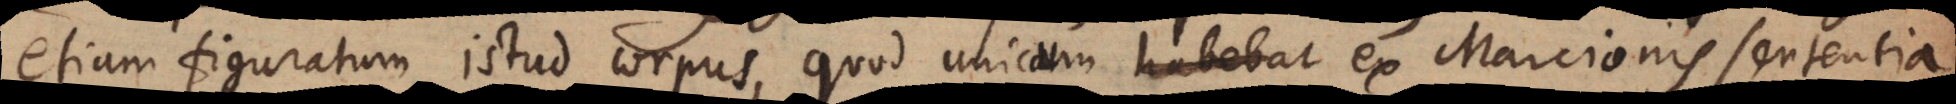
etiam figuratum istud corpus, quod unicam habebat ex Marcionis sententia